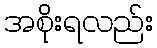
အစိုးရလည်း